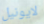
لايونيل